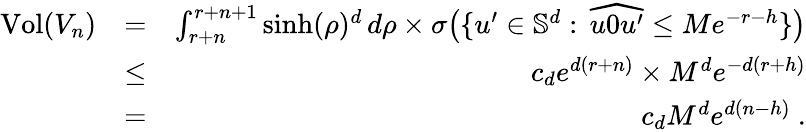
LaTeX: \begin{array}{rlr}{\mathrm{Vol}(V_{n})}&{=}&{\int_{r+n}^{r+n+1}\sinh(\rho)^{d}\, d\rho\times\sigma\big(\{ u^{\prime}\in\mathbb{S}^{d}:\, \widehat{u0u^{\prime}}\le Me^{-r-h}\} \big)}\\ &{\leq}&{c_{d}e^{d(r+n)}\times M^{d}e^{-d(r+h)}}\\ &{=}&{c_{d}M^{d}e^{d(n-h)}~.}\end{array}